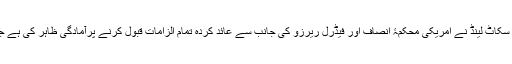
ان میں سے جے پی مورگن، سٹی گروپ، بارکلیز، رائل بینک آف سکاٹ لینڈ نے امریکی محکمۂ انصاف اور فیڈرل ریرزو کی جانب سے عائد کردہ تمام الزامات قبول کرنے پرآمادگی ظاہر کی ہے جبکہ یو بی ایس شرح سود میں دھاندلی کے الزام کو قبول کرے گا۔